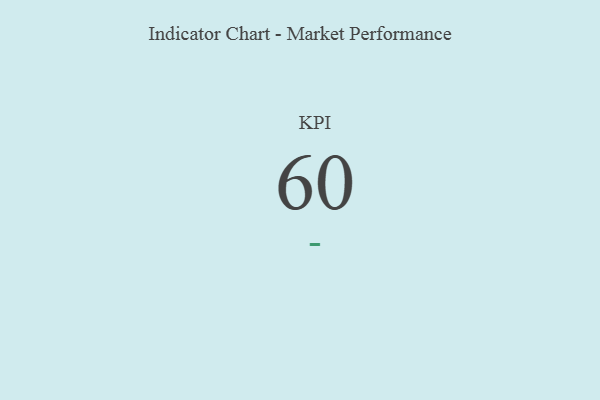
{"axis": {"x": "KPI", "y": "Value"}, "legend": [""], "data": [{"x": "KPI", "y": 60, "type": ""}]}